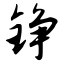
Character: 铮